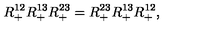
R _ { + } ^ { 1 2 } R _ { + } ^ { 1 3 } R _ { + } ^ { 2 3 } = R _ { + } ^ { 2 3 } R _ { + } ^ { 1 3 } R _ { + } ^ { 1 2 } ,